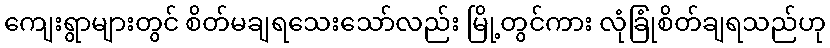
ကျေးရွာများတွင် စိတ်မချရသေးသော်လည်း မြို့တွင်ကား လုံခြုံစိတ်ချရသည်ဟု